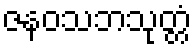
ဇနဝသဘသုတ္တံ